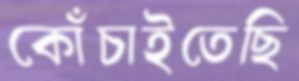
কোঁচাইতেছি